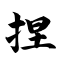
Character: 捏